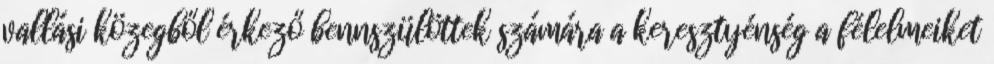
vallási közegből érkező bennszülöttek számára a keresztyénség a félelmeiket